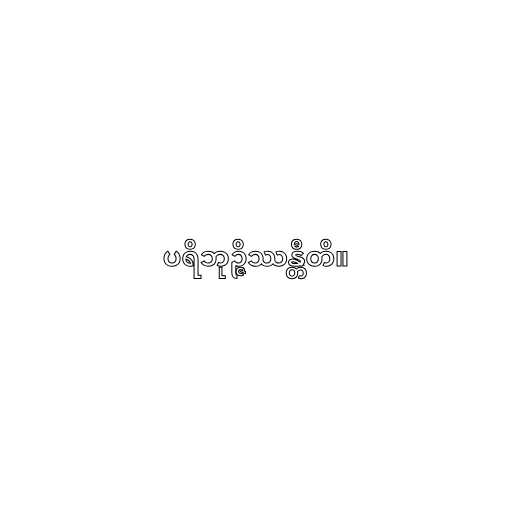
ပရိဘုဉ္ဇိဿန္တီတိ။